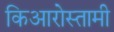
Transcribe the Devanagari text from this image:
किआरोस्तामी